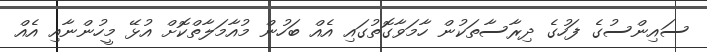
ސައިންސުގެ ފަހުގެ ދިރާސާތަކުން ހާމަވާގޮތުގައި އެއް ބަހުން މުއާމަލާތްކޮށް އުޅޭ މީހުންނާއި އެއް